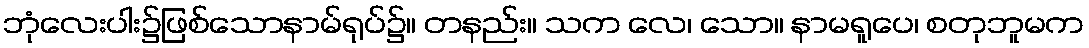
ဘုံလေးပါး၌ဖြစ်သောနာမ်ရုပ်၌။ တနည်း။ သက လေ၊ သော။ နာမရူပေ၊ စတုဘူမက